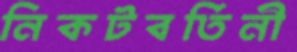
নিকটবর্তিনী